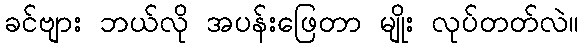
ခင်ဗျား ဘယ်လို အပန်းဖြေတာ မျိုး လုပ်တတ်လဲ။